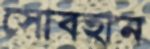
সোবহান